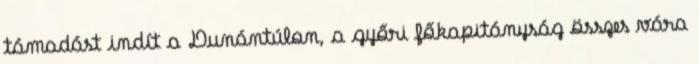
támadást indít a Dunántúlon, a győri főkapitányság összes vára